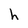
Character: h